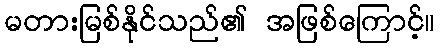
မတားမြစ်နိုင်သည်၏ အဖြစ်ကြောင့်။